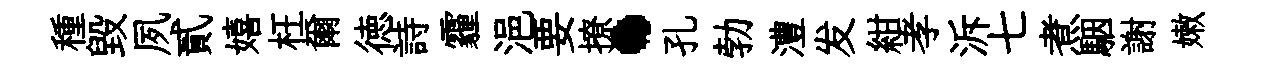
種毀夙貳嬉枉爾徳詩霾浥要撩·孔勃澧发紺孝泝七煮駰謝嫩